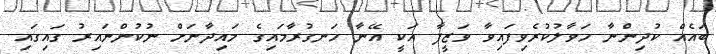
ބައެއް ކުދިންނާ ހަވާލުކުރެވިފައިވާ ވަޒީފާ އަކީ އޭނާ ހަނގުރާމައިގެ މައިދާނަށް ނުކުންނައިރު ގައިގައި